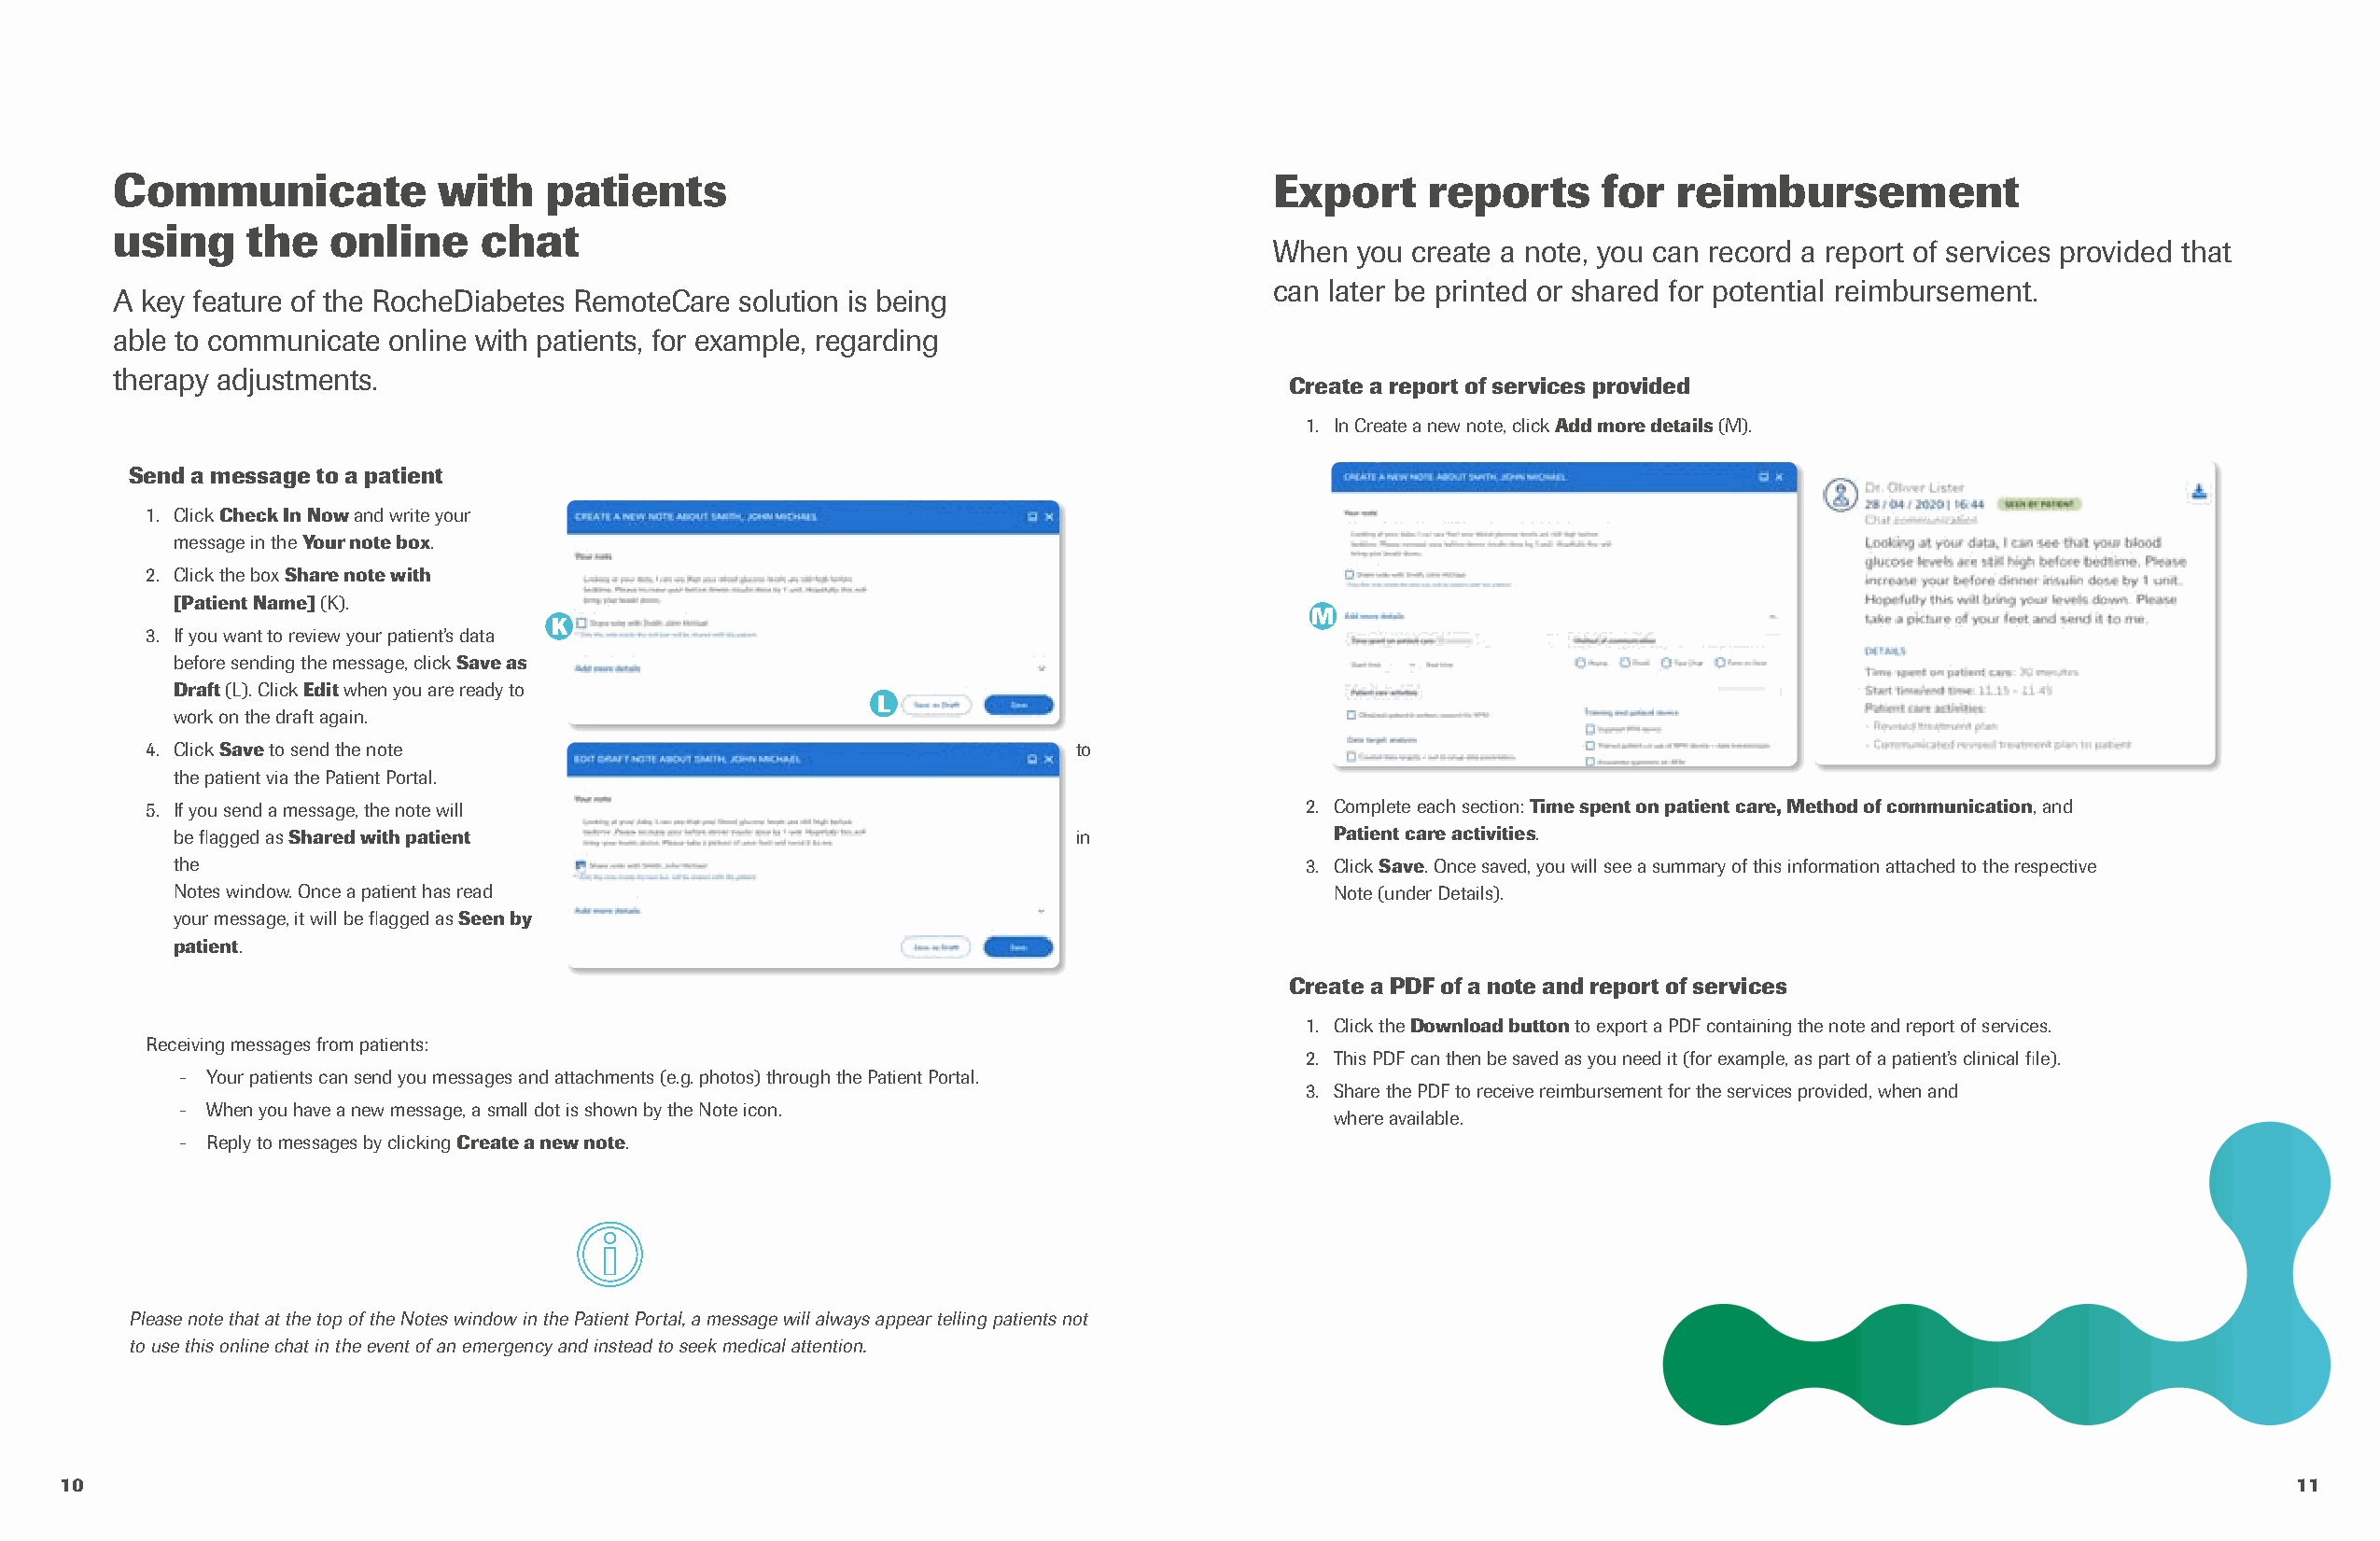
Communicate            with    patients                                           Export     reports      for  reimbursement
 using     the  online     chat
 When  you create a note, you can record a report of services provided that
 can later be printed or shared for potential reimbursement.
 A key feature of the RocheDiabetes RemoteCare solution is being
 able to communicate online with patients, for example, regarding
 therapy adjustments.
 Create a report of services provided
 1. In Create a new note, click Add more details (M).
 Send a message to a patient
 1. Click Check In Now and write your
 message in the Your note box.
 2. Click the box Share note with
 [Patient Name] (K).
 M
 K
 3. If you want to review your patient’s data
 before sending the message, click Save as
 Draft (L). Click Edit when you are ready to
 L
 work on the draft again.
 4. Click Save to send the note                                    to
 the patient via the Patient Portal.
 5. If you send a message, the note will                                            2. Complete each section: Time spent on patient care, Method of communication, and
 be flagged as Shared with patient                               in                 Patient care activities.
 the                                                                              3. Click Save. Once saved, you will see a summary of this information attached to the respective
 Notes window. Once a patient has read                                              Note (under Details).
 your message, it will be flagged as Seen by
 patient.
 Create a PDF of a note and report of services
 1. Click the Download button to export a PDF containing the note and report of services.
 Receiving messages from patients:
 2. This PDF can then be saved as you need it (for example, as part of a patient’s clinical file).
 - Your patients can send you messages and attachments (e.g. photos) through the Patient Portal.
 3. Share the PDF to receive reimbursement for the services provided, when and
 - When you have a new message, a small dot is shown by the Note icon.
 where available.
 - Reply to messages by clicking Create a new note.
 Please note that at the top of the Notes window in the Patient Portal, a message will always appear telling patients not
 to use this online chat in the event of an emergency and instead to seek medical attention.
 10                                                                                                                                                             11